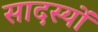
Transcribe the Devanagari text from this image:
सादस्यों